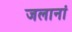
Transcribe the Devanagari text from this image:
जलानां